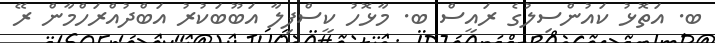
ބ. އަތޮޅު ކައުންސިލުގެ ރައީސް ބ. މާޅޮހު ކީސްފިލާ އަބޫބަކުރު އަބްދުއްރަހްމާން ރޭ